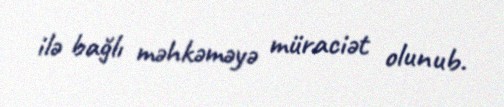
ilə bağlı məhkəməyə müraciət olunub.